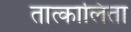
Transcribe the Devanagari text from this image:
तात्कालिता